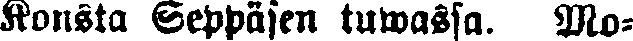
Konsta Seppäsen tuwassa. Mo-